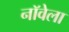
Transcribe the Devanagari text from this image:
नॉवेला